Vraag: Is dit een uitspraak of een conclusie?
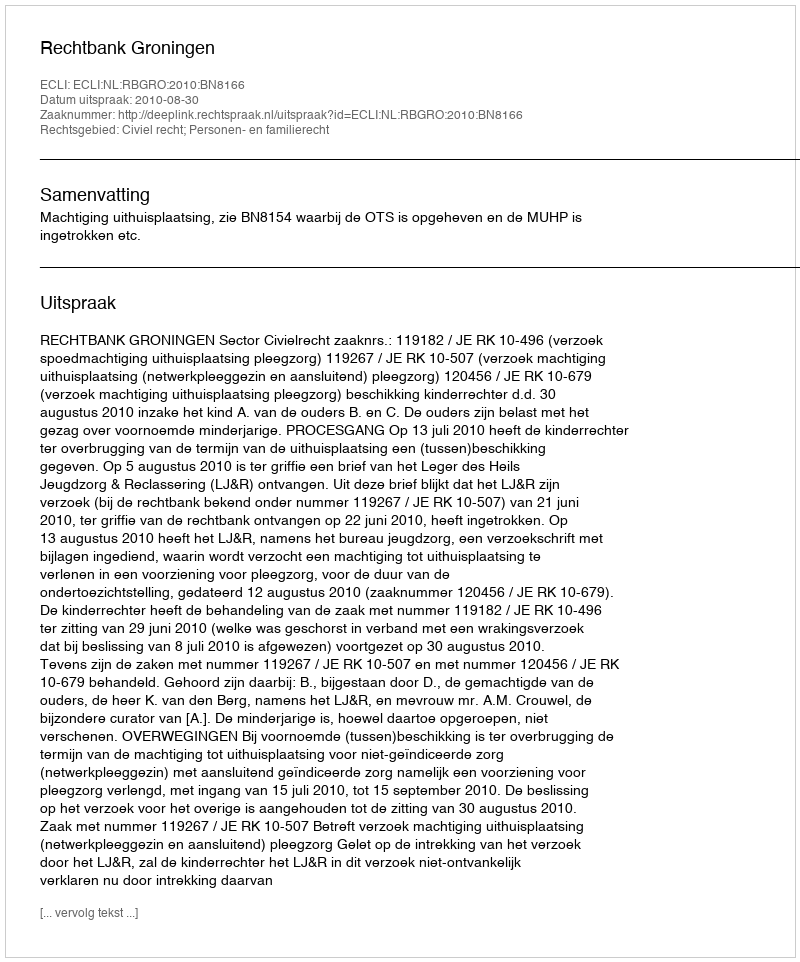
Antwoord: Uitspraak